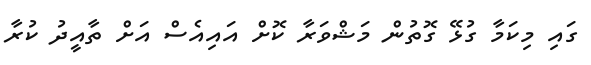
ގައި މިކަމާ ގުޅޭ ގޮތުން މަޝްވަރާ ކޮށް އައިއެސް އަށް ތާއީދު ކުރާ